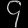
Digit: ၄